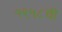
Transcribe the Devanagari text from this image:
१९५८ची